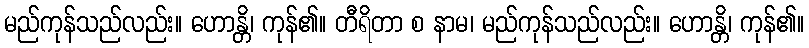
မည်ကုန်သည်လည်း။ ဟောန္တိ၊ ကုန်၏။ တီရိတာ စ နာမ၊ မည်ကုန်သည်လည်း။ ဟောန္တိ၊ ကုန်၏။